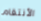
الأنتقام